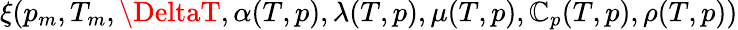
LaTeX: \xi(p_{m},T_{m},\DeltaT,\alpha(T,p),\lambda(T,p),\mu(T,p),\mathbb{C}_{p}(T,p),\rho(T,p))